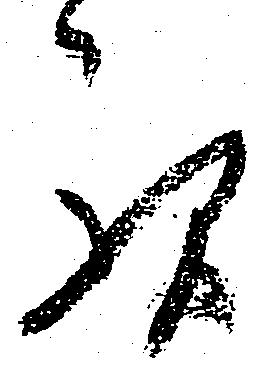
歟